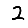
Digit: 2